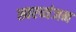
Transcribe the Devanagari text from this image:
स्वरव्यंजन